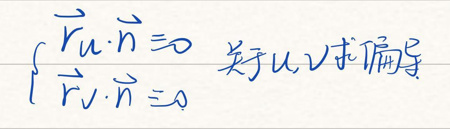

\begin{cases}
\vec{r}u \cdot \vec{n} = 0\\
\vec{r}v \cdot \vec{n} = \lambda
\end{cases}
$\quad$ 关于$\lambda$求偏导